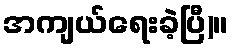
အကျယ်ရေးခဲ့ပြီ)။